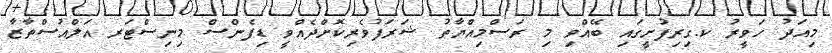
މިއަދު ހަވީރު ކ.ގިިރިފުށީގައި ބޭއްވި މި ރަސްމިއްޔާތު ޝަރަފުވެރިކޮށްދެއްވީ ޑިފެންސް މިނިސްޓަރ އަލްއުސްތާޒާ